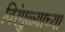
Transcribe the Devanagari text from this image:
विरंगुळ्याच्या